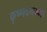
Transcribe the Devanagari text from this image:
कृष्णवेनम्मा